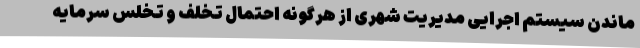
ماندن سیستم اجرایی مدیریت شهری از هرگونه احتمال تخلف و تخلس سرمایه